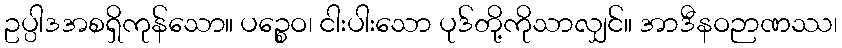
ဥပ္ပါဒအစရှိကုန်သော။ ပဉ္စေဝ၊ ငါးပါးသော ပုဒ်တို့ကိုသာလျှင်။ အာဒီနဝဉာဏဿ၊